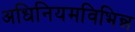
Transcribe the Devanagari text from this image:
अधिनियमविभिन्न